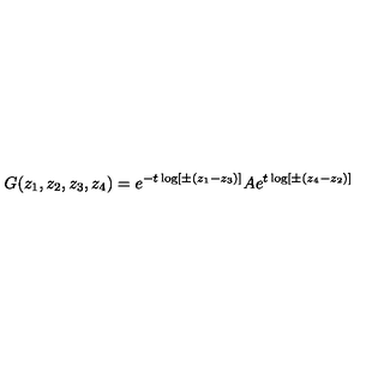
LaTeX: G ( z _ { 1 } , z _ { 2 } , z _ { 3 } , z _ { 4 } ) = e ^ { - t \log [ \pm ( z _ { 1 } - z _ { 3 } ) ] } A e ^ { t \log [ \pm ( z _ { 4 } - z _ { 2 } ) ] }